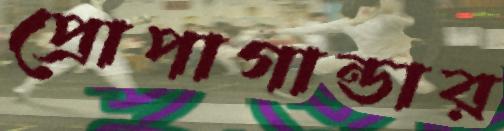
প্রোপাগান্ডার